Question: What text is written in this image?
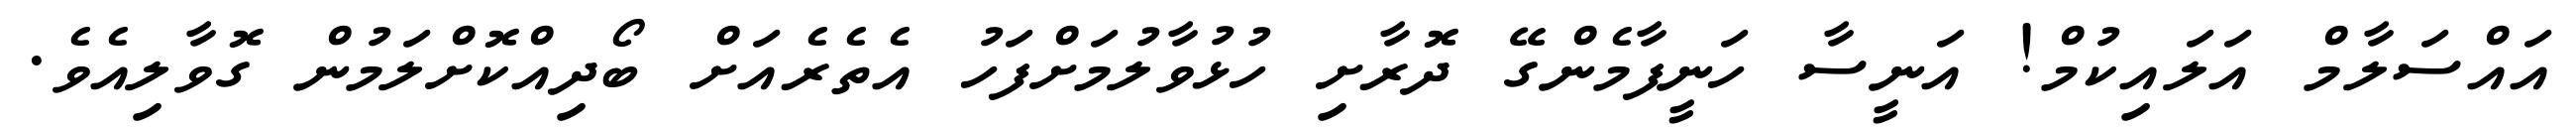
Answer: އައްސަލާމް އަލައިކުމް! އަނީސާ ހަނީފާމެންގޭ ދޮރާށި ހުޅުވާލުމަށްފަހު އެތެރެއަށް ބޯދިއްކޮށްލަމުން ގޮވާލިއެވެ.